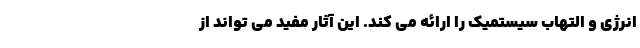
انرژی و التهاب سیستمیک را ارائه می کند. این آثار مفید می تواند از